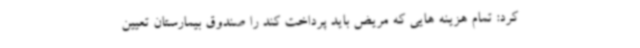
کرد: تمام هزینه هایی که مریض باید پرداخت کند را صندوق بیمارستان تعیین